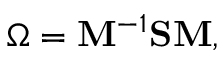
\Omega = \mathbf { M } ^ { - 1 } \mathbf { S } \mathbf { M } ,